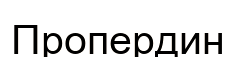
Пропердин